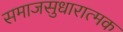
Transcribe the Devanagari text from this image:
समाजसुधारात्मक